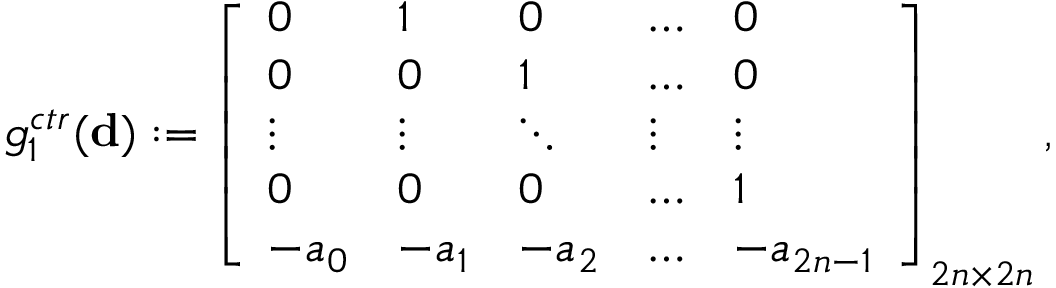
g _ { 1 } ^ { c t r } ( { \bf d } ) : = \left[ \begin{array} { l l l l l } { 0 } & { 1 } & { 0 } & { \dots } & { 0 } \\ { 0 } & { 0 } & { 1 } & { \dots } & { 0 } \\ { \vdots } & { \vdots } & { \ddots } & { \vdots } & { \vdots } \\ { 0 } & { 0 } & { 0 } & { \dots } & { 1 } \\ { - a _ { 0 } } & { - a _ { 1 } } & { - a _ { 2 } } & { \dots } & { - a _ { 2 n - 1 } } \end{array} \right] _ { 2 n \times 2 n } ,